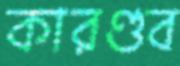
কারণ্ডব